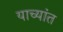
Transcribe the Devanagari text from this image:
याच्यांत